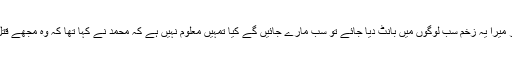
کہنے لگا اگر میرا یہ زخم سب لوگوں میں بانٹ دیا جائے تو سب مارے جائیں گے کیا تمہیں معلوم نہیں ہے کہ محمد نے کہا تھا کہ وہ مجھے قتل کریں گے ۔